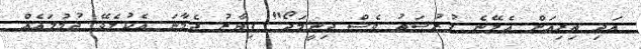
އަދި ތިރިއަށް އެލޭނެ ފުރުޞަތު ވެސް ދިނީމަދޯ" ފިޔާޒު ދެމާނަ އެކުލެވޭ ޖުމުލައެއް